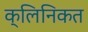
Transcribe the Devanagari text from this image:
क्लिनिकत